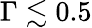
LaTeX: \Gamma\lesssim 0.5